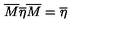
\overline { { M } } \overline { { \eta } } \overline { { M } } = \overline { { \eta } }